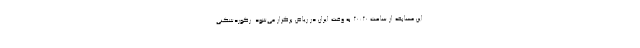
این مسابقه از ساعت ۲۰:۲۰ به وقت ایران در ریاض برگزار می‌شود. رکوردشکنی